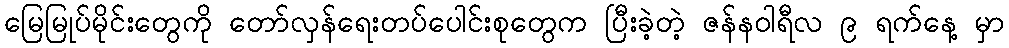
မြေမြုပ်မိုင်းတွေကို တော်လှန်ရေးတပ်ပေါင်းစုတွေက ပြီးခဲ့တဲ့ ဇန်နဝါရီလ ၉ ရက်နေ့ မှာ